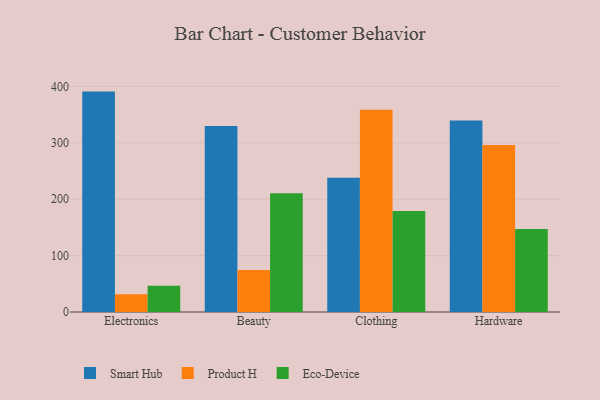
{"axis": {"x": "Category", "y": "Headcount"}, "legend": ["Eco-Device", "Product H", "Smart Hub"], "data": [{"x": "Electronics", "y": 390.8, "type": "Smart Hub"}, {"x": "Electronics", "y": 31.4, "type": "Product H"}, {"x": "Electronics", "y": 46.6, "type": "Eco-Device"}, {"x": "Beauty", "y": 329.7, "type": "Smart Hub"}, {"x": "Beauty", "y": 74.5, "type": "Product H"}, {"x": "Beauty", "y": 210.4, "type": "Eco-Device"}, {"x": "Clothing", "y": 237.9, "type": "Smart Hub"}, {"x": "Clothing", "y": 358.4, "type": "Product H"}, {"x": "Clothing", "y": 179.3, "type": "Eco-Device"}, {"x": "Hardware", "y": 339.7, "type": "Smart Hub"}, {"x": "Hardware", "y": 295.9, "type": "Product H"}, {"x": "Hardware", "y": 147.1, "type": "Eco-Device"}]}